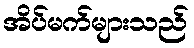
အိပ်မက်များသည်